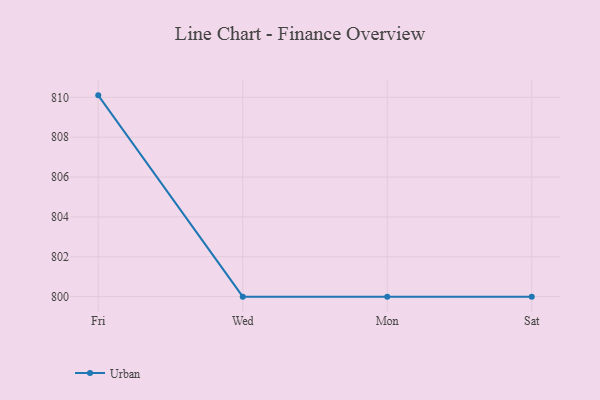
{"axis": {"x": "Day", "y": "Market Share (%)"}, "legend": ["Urban"], "data": [{"x": "Fri", "y": 810.1, "type": "Urban"}, {"x": "Wed", "y": 800, "type": "Urban"}, {"x": "Mon", "y": 800, "type": "Urban"}, {"x": "Sat", "y": 800, "type": "Urban"}]}